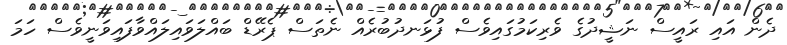
ދެން އައި ރައީސް ނަޝީދުގެ ވެރިކަމުގައިވެސް ފުޅަނދުބުރެއް ނެތަސް ޕެރޭޑް ބައްލަވައިލައްވާފައިވަނީވެސް ހަމަ